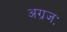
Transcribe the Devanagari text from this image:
अग्रजः